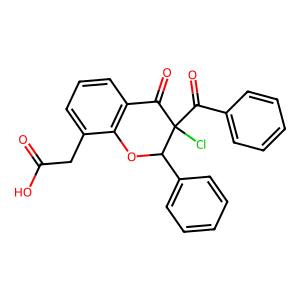
SMILES: O=C(O)Cc1cccc2c1OC(c1ccccc1)C(Cl)(C(=O)c1ccccc1)C2=O
Inhibits HIV replication: No